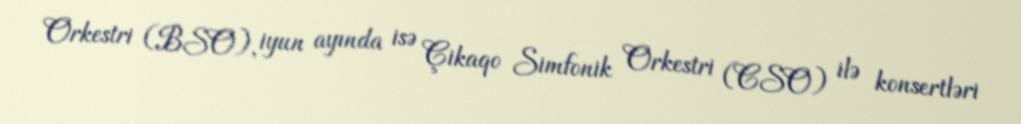
Orkestri (BSO), iyun ayında isə Çikaqo Simfonik Orkestri (CSO) ilə konsertləri